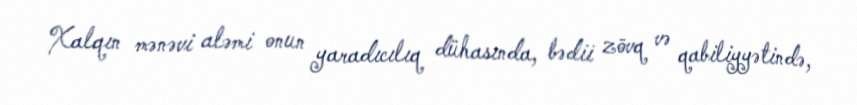
Xalqın mənəvi aləmi onun yaradıcılıq dühasında, bədii zövq və qabiliyyətində,